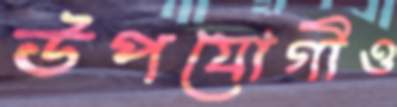
উপযোগীও